Report of the Municipal Commissioner on the plague in Bombay for the year ending 31st May... - Volume 1
Disease focus: Plague
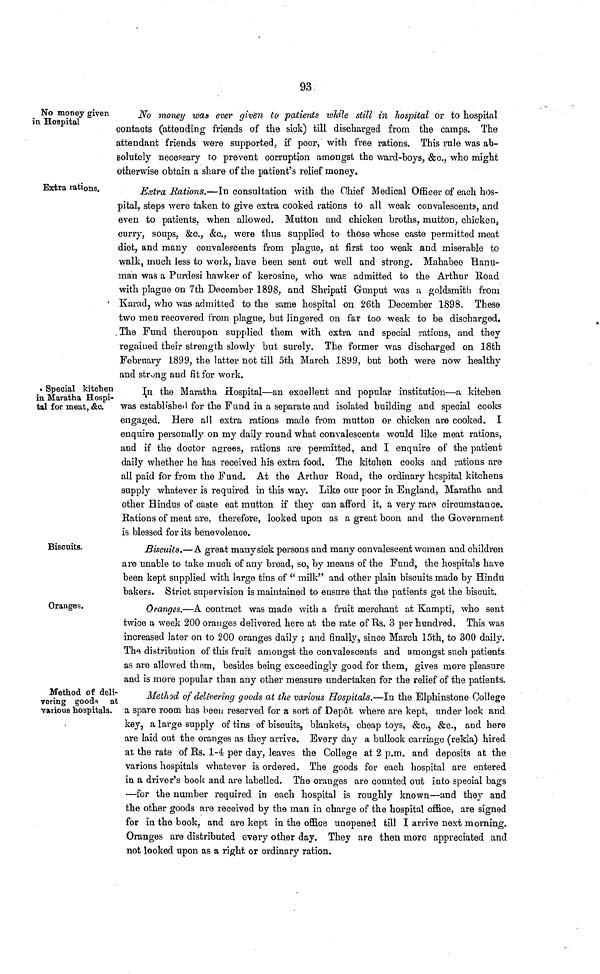
93
No money given
in Hospital
No money wan ever given to patients while still in hospital or to hospital
contacts (attending friends of the sick) till discharged from the camps. The
attendant friends were supported, if poor, with free rations. This rule was ab-
solutely necessary to prevent corruption amongst the ward-boys, &c., who might
otherwise obtain a share of the patient's relief money.
Extra rations.
Extra Rations,—In consultation with the Chief Medical Officer of each hos-
pital, steps were taken to give extra cooked rations to all weak convalescents, and
even to patients, when allowed. Mutton and chicken broths, mutton, chicken,
curry, soups, &c., &c., were thus supplied to those whose caste permitted meat
diet, and many convalescents from plague, at first too weak and miserable to
walk, much less to work, have been sent out well and strong. Mahabeo Ranu-
man was a Purdesi hawker of kerosine, who was admitted to the Arthur Road
with plague on 7th December 1898, and Shripati Gunput was a goldsmith from
Karad, who was admitted to the same hospital on 26th December 1898. These
two men recovered from plague, but lingered on far too weak to be discharged.
The Fund thereupon supplied them with extra and special rations, and they
regained their strength slowly but surely. The former was discharged on 18th
February 1899, the latter not till 5th March 1899, but both were now healthy
and strung and fit for work.
• Special kitchen
in Maratha Hospi-
tal for meat, &c.
In the Maratha Hospital—an excellent and popular institution—a kitchen
was established for the Fund in a separate and isolated building and special cooks
engaged. Here all extra rations made from mutton or chicken are cooked. I
enquire personally on my daily round what convalescents would like meat rations,
and if the doctor agrees, rations are permitted, and I enquire of the patient
daily whether he has received his extra food. The kitchen cooks and rations are
all paid for from the Fund. At the Arthur Road, the ordinary hospital kitchens
supply whatever is required in this way. Like our poor in England, Maratha and
other Hindus of caste eat mutton if they can afford it, a very raro circumstance.
Rations of meat are, therefore, looked upon as a great boon and the Government
is blessed for its benevolence.
Biscuits.
Biscuits.—A great many sick persons and many convalescent women and children
are unable to take much of any bread, so, by means of the Fund, the hospitals have
been kept supplied with large tins of " milk" and other plain biscuits made by Hindu
bakers. Strict supervision is maintained to ensure that the patients get the biscuit.
Oranges.
Oranges.—A contract was made with a fruit merchant at Kampti, who sent
twice a week 200 oranges delivered here at the rate of Us. 3 per hundred. This was
increased later on to 200 oranges daily ; and finally, since March 15th, to 300 daily.
The distribution of this fruit amongst the convalescents and amongst such patients
as are allowed thorn, besides being exceedingly good for them, gives more pleasure
and is more popular than any other measure undertaken for the relief of the patients.
Method of deli-
vering goods at
vaiious hospitals.
Method of delivering goods at the various Hospitals.—In the Elphinstone College
a spare room has been reserved for a sort of Depot where are kept, under lock and
key, a large supply of tins of biscuits, blankets, cheap toys, &c., &c., and here
are laid out the oranges as they arrive. Every day a bullock carriage (rekla) hired
at the rate of Rs. 1-4 per day, leaves the College at 2 p.m. and deposits at the
various hospitals whatever is ordered. The goods for each hospital are entered
in a driver's book and are labelled. The oranges are counted out into special bags
—for the number required in each hospital is roughly known—and they and
the other goods are received by the man in charge of the hospital office, are signed
for in the book, and are kept in the office unopened till I arrive next morning.
Oranges are distributed every other day. They are then more appreciated and
not looked upon as a right or ordinary ration.